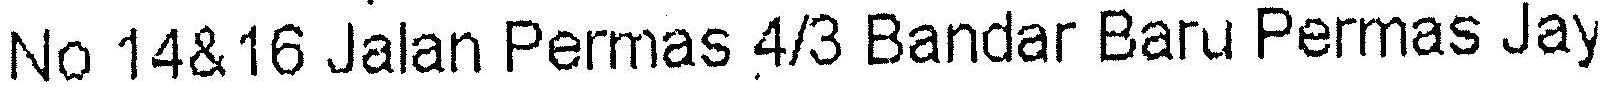
NO 14& 16 JALAN PERMAS 4/3 BANDAR BARU PERMAS JAY